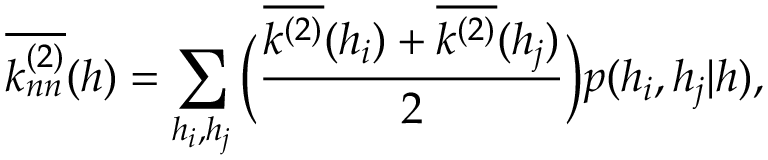
\overline { { k _ { n n } ^ { ( 2 ) } } } ( h ) = \sum _ { h _ { i } , h _ { j } } \bigg ( \frac { \overline { { k ^ { ( 2 ) } } } ( h _ { i } ) + \overline { { k ^ { ( 2 ) } } } ( h _ { j } ) } { 2 } \bigg ) p ( h _ { i } , h _ { j } | h ) ,